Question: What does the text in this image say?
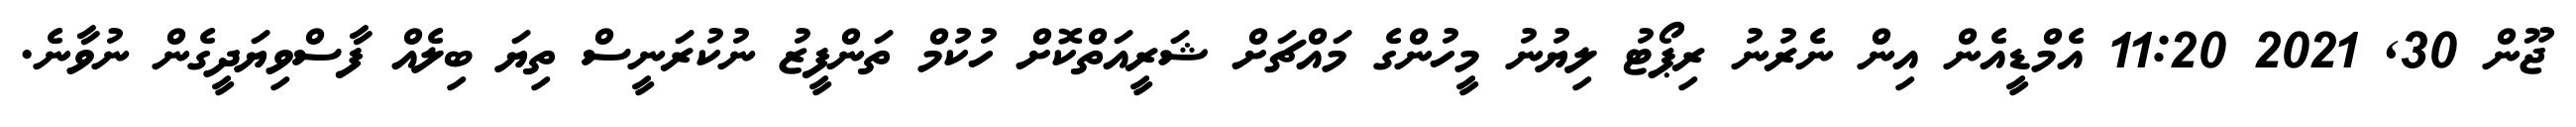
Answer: ޖޫން 30, 2021 11:20 އެމްޑީއެން އިން ނެރުނު ރިޕޯޓު ލިޔުނު މީހުންގެ މައްޗަށް ޝަރީއަތްކޮށް ހުކުމް ތަންފީޒު ނުކުރަނީސް ތިޔަ ބިލެއް ފާސްވިޔަދީގެން ނުވާނެ.